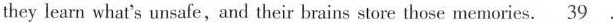
they learn what's unsafe,and their brains store those memories.\underline{39} .